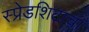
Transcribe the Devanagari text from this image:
स्प्रेडशिटाचा